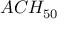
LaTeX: A C H _ { 5 0 } \,